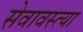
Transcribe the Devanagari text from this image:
सेवावस्त्या